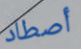
أصطاد